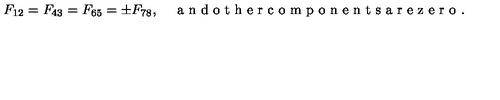
F _ { 1 2 } = F _ { 4 3 } = F _ { 6 5 } = \pm F _ { 7 8 } , \quad \textrm { a n d o t h e r c o m p o n e n t s a r e z e r o } .